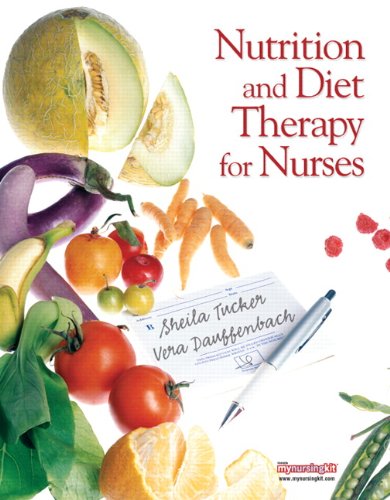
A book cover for Nutrition and Diet Therapy for Nurses; Sheila Tucker; Medical Books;